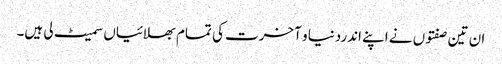
ان تین صفتوں نے اپنے اندردنیا و آخرت کی تمام بھلائیاں سمیٹ لی ہیں۔